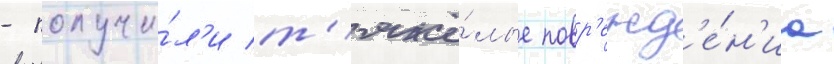
- получи́л'и т'яжё́лые повр'ежд'е́н'иа